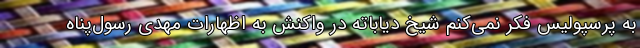
به پرسپولیس فکر نمی‌کنم شیخ دیاباته در واکنش به اظهارات مهدی رسول‌پناه